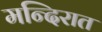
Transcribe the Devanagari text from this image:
मन्दिरात